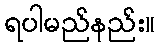
ရပါမည်နည်း။